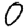
Digit: 0